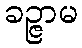
ခဉ္ဇာမ